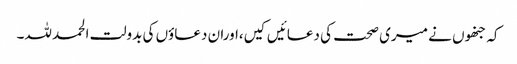
کہ جنھوں نے میری صحت کی دعائیں کیں،اوران دعاؤں کی بدولت الحمد للہ۔